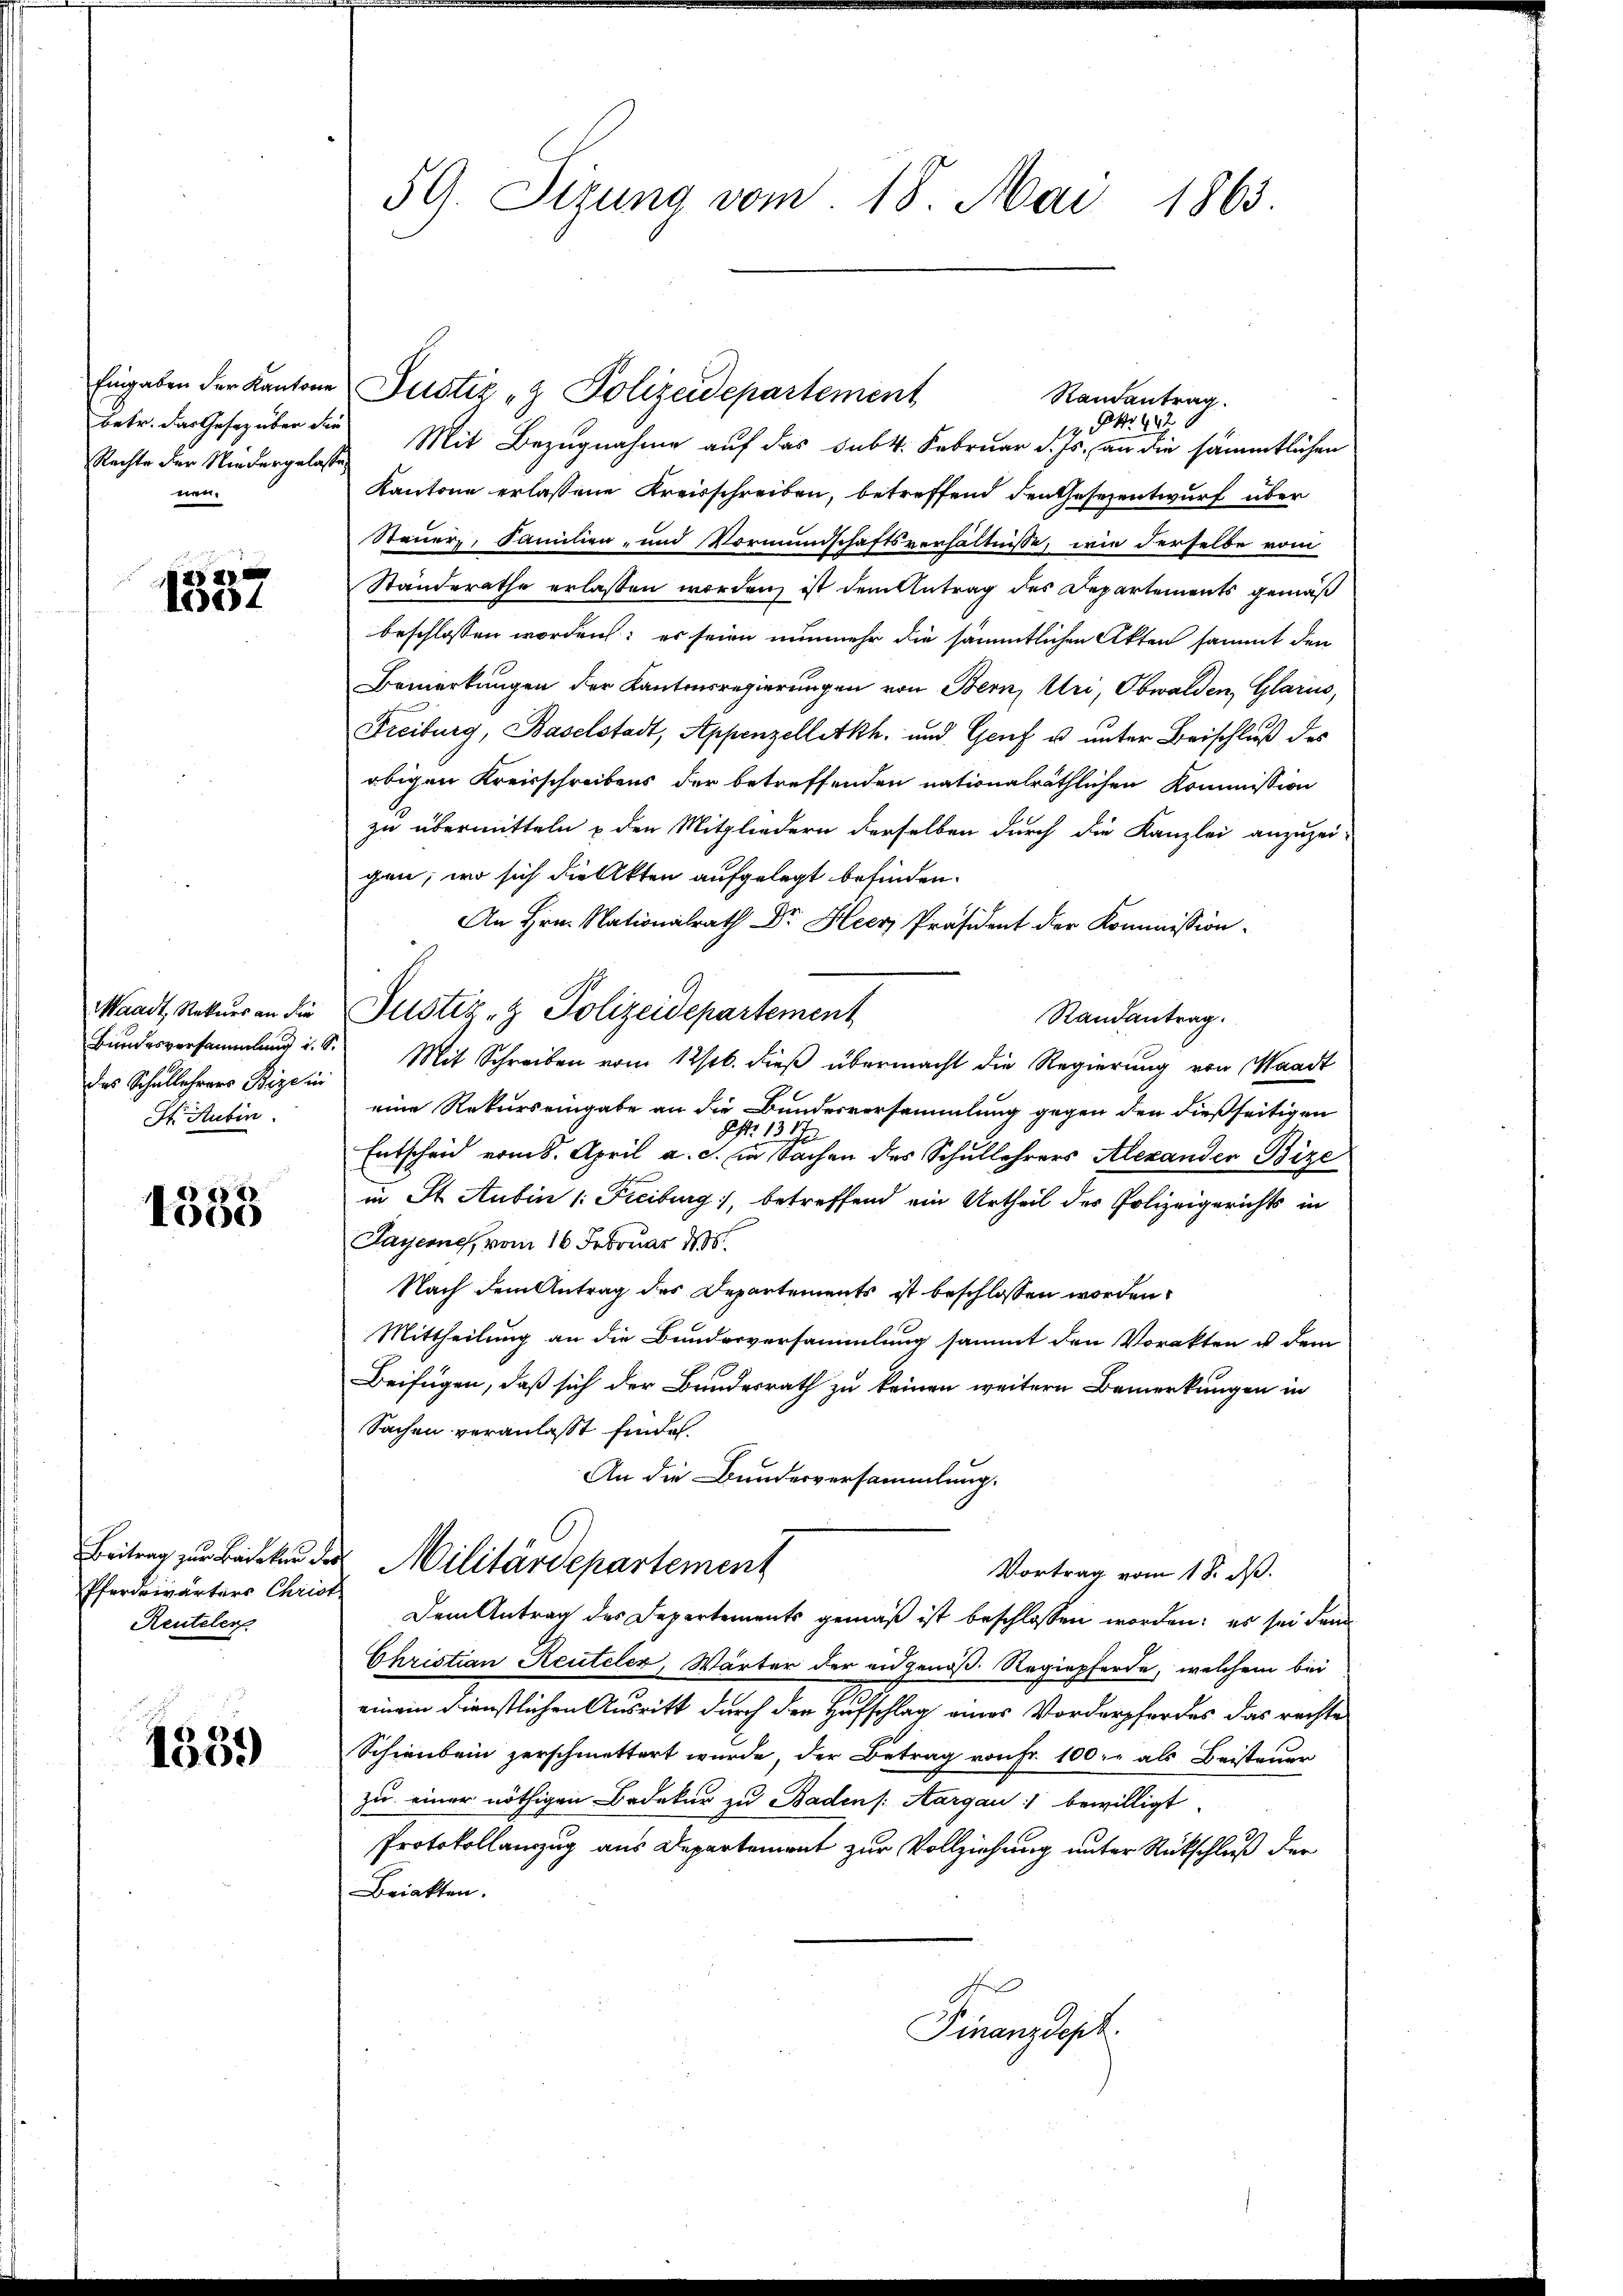
Eingaben der Kantone
Betr. das Gesez über der
Rachte der Niedergelaß
nen.

x
1904

Waadt, Rekurs an die
Bundesversammlung i. S.
das Schullehrers Bize in
St. Aubin

) 111
1000

Beitrag zur Bädeker de
Pferdoivärters Christ
Reuteler

1339

59. Sizung vom 18. Mai 1863

S. 2
12. Mit Bezugnahme auf das Subk. Februar d. Js. an die sämmtlichen
Kantone erlassene Kreisschreiben, betreffend den Gesezentwurf über
Steuer, Samilien, und Vormundschaftsverhältnisse, wie derselbe vom
Standerathe erlassen worden, ist dem Antrag des Departements gemäß
beschlossen worden; es seien nunmehr die sämmtlichen Akten sammt den
Bemerkungen der Kantonsregierungen von Bern, Uri, Obwalden, Glarus,
Freiburg, Baselstadt, Appenzelletkh, und Genf u. unter Beischluß des
obigen Kreisschreibens der betreffenden nationalräthlichen Kommission
zu übermitteln u den Mitgliedern derselben durch die Kanzlei anzuzei-
gen; wo sich die Akten aufgelegt befinden.
An Hrn. Nationalrath Dr. Heer, Präsident der Kommission
Justiz- & Polizeidepartement
Randantrag.
Mit Schreiben vom 12/16. dieß übermacht die Regierung von Waadt
eine Rekurs eingabe an die Bundesversammlung gegen den dießseitigen
S. 1317
Entscheid vom 8. April a. c. in Sachen des Schullehrers Alexander Bize
in St. Aubin /: Freiburg, betreffend ein Urtheil des Polizeigerichts in
Sayerne, vom 16. Februar 1835.
Nach dem Antrag des Departements ist beschlossen worden.
Mittheilung an die Bundesversammlung sammt den Vorakten ist dem
Beifügen, daß sich der Bundesrath zu keinen weitern Bemerkungen in
Sachen veranlaßt finden.
An die Bundesversammlung.
Militärdepartement
Vortrag vom 18. ds.
Dem Antrag des Departements gemäß ist beschlossen worden; es sei denn
Christian Reuteler, Wärter der eidgenöß. Regiepferde, welchem bei
einem dienstlichen Ausritt durch den Hufschlag eines Vorderpferdes das rechte
Schienbein zerschmettert wurde, der Betrag von Fr. 100. - als Beisteuer
zu einer nöthigen Bedekur zu Baden /: Aargau bewilligt.
Protokollanzug aus Departement zur Vollziehung unter Rückschluß der
Briakten.
Finanzdept.

Justiz & Polizeidepartement

Randantrag.